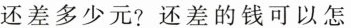
还差多少元?还差的钱可以怎